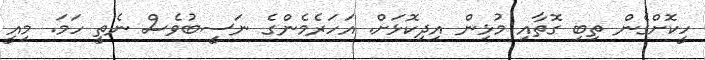
ހީކޮށްގެން ތިބި ގޮތާއި މުޅިން އިދިކޮޅަށް. އަހަރެމެންގެ ނަސީބުވެސް ނެތީ ހަމަ. މިއީ